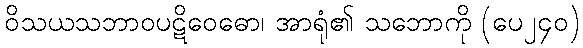
ဝိသယသဘာဝပဋိဝေဓော၊ အာရုံ၏ သဘောကို (ပေ၂၄၀)